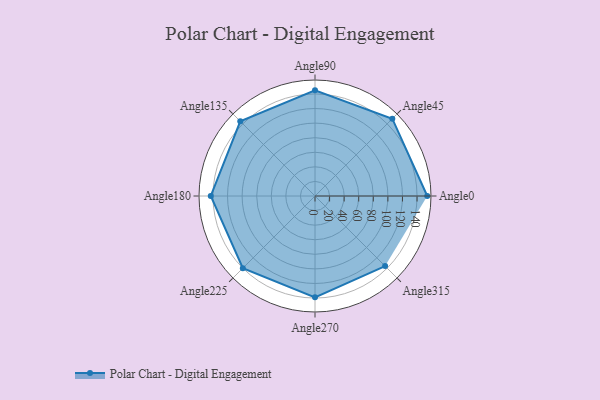
{"axis": {"x": "Angle", "y": "Radius"}, "legend": [""], "data": [{"x": "Angle0", "y": 154.0, "type": ""}, {"x": "Angle45", "y": 150.0, "type": ""}, {"x": "Angle90", "y": 145.0, "type": ""}, {"x": "Angle135", "y": 145.0, "type": ""}, {"x": "Angle180", "y": 143.0, "type": ""}, {"x": "Angle225", "y": 140.0, "type": ""}, {"x": "Angle270", "y": 139.0, "type": ""}, {"x": "Angle315", "y": 136.0, "type": ""}]}